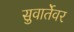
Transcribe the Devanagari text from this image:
सुवार्तेवर